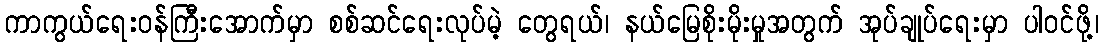
ကာကွယ်ရေးဝန်ကြီးအောက်မှာ စစ်ဆင်ရေးလုပ်မဲ့ တွေရယ်၊ နယ်မြေစိုးမိုးမှုအတွက် အုပ်ချုပ်ရေးမှာ ပါဝင်ဖို့၊